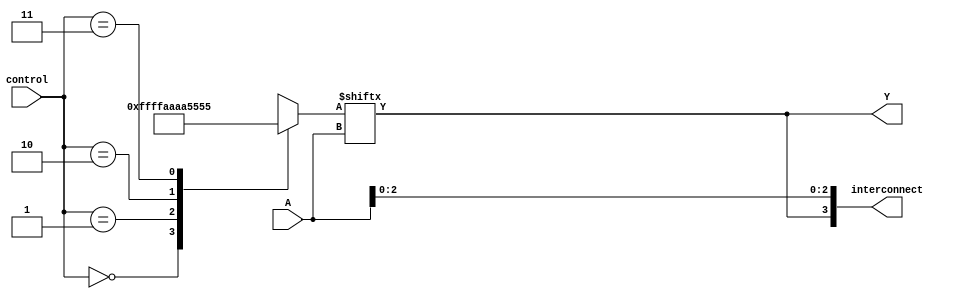
module CLB (
    input wire [3:0] A,        // 4-bit input for LUT
    input wire [1:0] control,  // Control signals for LUT configuration
    output wire Y,             // Output of the LUT
    output wire [3:0] interconnect // Interconnect outputs
);

// LUT implementation
reg [15:0] lut; // 16 possible combinations for a 4-input LUT

// Define the LUT logic based on control signals
always @(*) begin
    case (control)
        2'b00: lut = 16'b0000000000000000; // Function 0: All outputs 0
        2'b01: lut = 16'b1111111111111111; // Function 1: All outputs 1
        2'b10: lut = 16'b1010101010101010; // Function 2: Alternating outputs
        2'b11: lut = 16'b0101010101010101; // Function 3: Inverted alternating outputs
        default: lut = 16'b0000000000000000; // Default case
    endcase
end

// Output logic based on LUT
assign Y = lut[A];

// Interconnect logic (for demonstration purposes)
assign interconnect = {Y, A[2:0]}; // Example interconnect using output Y and lower 3 bits of A

endmodule